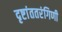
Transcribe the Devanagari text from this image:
दृष्टांततरंगिणी